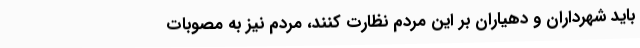
باید شهرداران و دهیاران بر این مردم نظارت کنند، مردم نیز به مصوبات